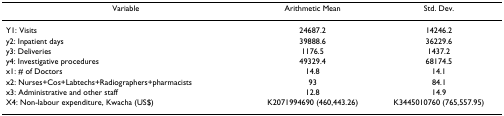
<table><thead><tr><td><b>Variable</b></td><td><b>Arithmetic Mean</b></td><td><b>Std. Dev.</b></td></tr></thead><tbody><tr><td>Y1: Visits</td><td>24687.2</td><td>14246.2</td></tr><tr><td>y2: Inpatient days</td><td>39888.6</td><td>36229.6</td></tr><tr><td>y3: Deliveries</td><td>1176.5</td><td>1437.2</td></tr><tr><td>y4: Investigative procedures</td><td>49329.4</td><td>68174.5</td></tr><tr><td>x1: # of Doctors</td><td>14.8</td><td>14.1</td></tr><tr><td>x2: Nurses+Cos+Labtechs+Radiographers+pharmacists</td><td>93</td><td>84.1</td></tr><tr><td>x3: Administrative and other staff</td><td>12.8</td><td>14.9</td></tr><tr><td>X4: Non-labour expenditure, Kwacha (US$)</td><td>K2071994690 (460,443.26)</td><td>K3445010760 (765,557.95)</td></tr></tbody></table>